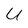
Character: U